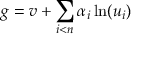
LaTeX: g = v + \sum _ { i < n } \alpha _ { i } \ln ( u _ { i } )